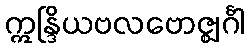
ဣန္ဒြိယဗလဗောဇ္ဈင်္ဂါ